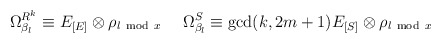
\begin{align*}\Omega^{R^k}_{\beta_l}\equiv E_{[E]}\otimes \rho_{l {\rm ~mod~}x} ~~~~\Omega^{S}_{\beta_{l}}\equiv {\rm gcd}(k,2m+1)E_{[S]}\otimes \rho_{l {\rm ~mod~}x}\end{align*}